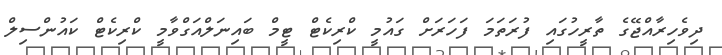
ދިވެހިރާއްޖޭގެ ތާރީހުގައި ފުރަތަމަ ފަހަރަށް ގައުމީ ކްރިކެޓް ޓީމް ބައިނަލްއަގްވާމީ ކްރިކެޓް ކައުންސިލް